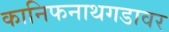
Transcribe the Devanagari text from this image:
कानिफनाथगडावर